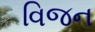
વિજન